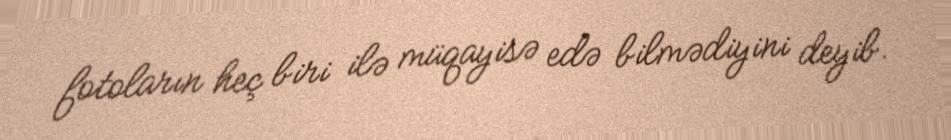
fotoların heç biri ilə müqayisə edə bilmədiyini deyib.